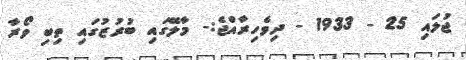
ޖުލައި 25 - 1933 - ދިވެހިރާއްޖެ:- މާލޭގައި ބުރުޒުގައި ތިބި ވޯރާ